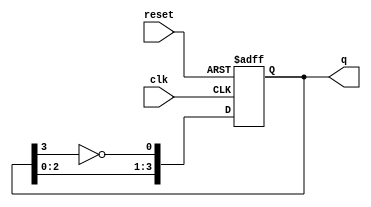
module johnson_counter #(
    parameter N = 4  // Number of flip-flops
)(
    input wire clk,          // Clock input
    input wire reset,        // Asynchronous reset
    output reg [N-1:0] q     // Output state
);

    // Internal signal for the inverted output of the last flip-flop
    wire feedback;

    // Assign feedback as the inverted output of the last flip-flop
    assign feedback = ~q[N-1];

    // Sequential logic for the Johnson counter
    always @(posedge clk or posedge reset) begin
        if (reset) begin
            // Asynchronous reset: set all flip-flops to 0
            q <= 0;
        end else begin
            // Shift the values and feed back the inverted last flip-flop
            q <= {q[N-2:0], feedback};
        end
    end

endmodule